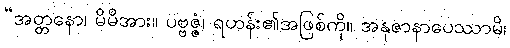
“အတ္တနော၊ မိမိအား။ ပဗ္ဗဇ္ဇံ၊ ရဟန်း၏အဖြစ်ကို။ အနုဇာနာပေဿာမိ၊